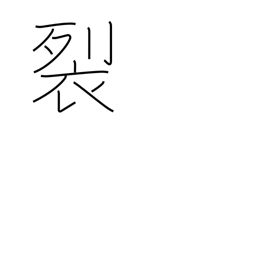
Meaning: rend